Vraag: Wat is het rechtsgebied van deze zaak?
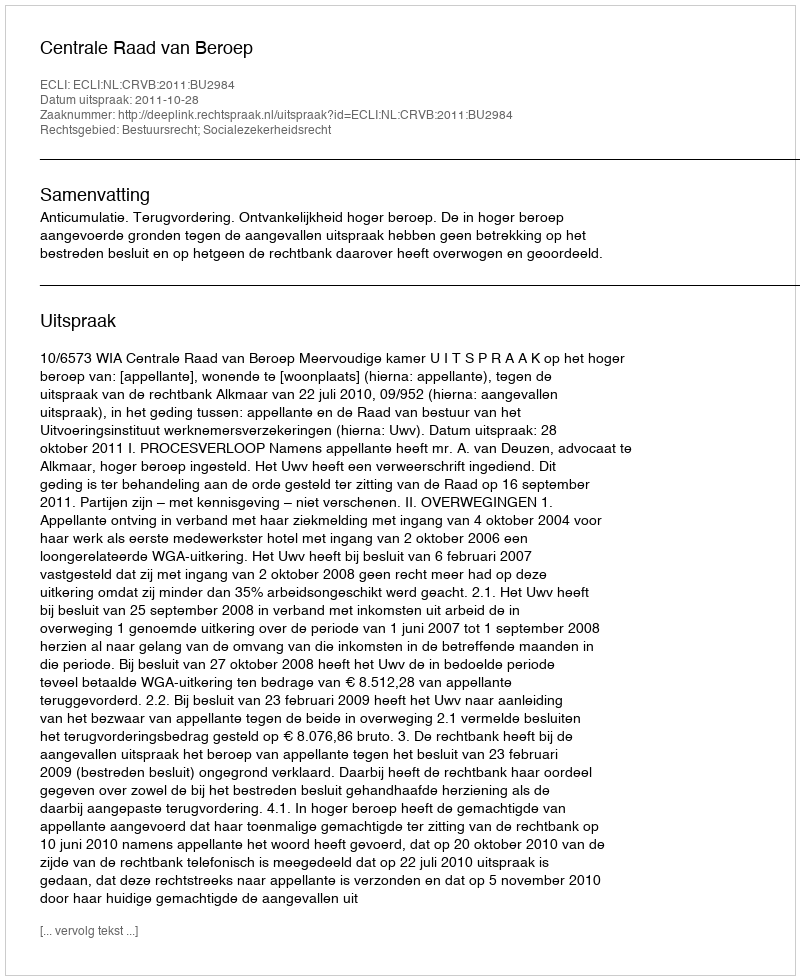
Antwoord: Bestuursrecht; Socialezekerheidsrecht